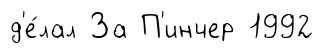
д'е́лал За П'инчер 1992